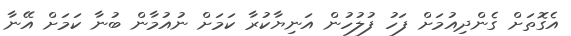
އެގޮތަށް ގެންދިއުމަށް ފަހު ފުލުހުން އަނިޔާކުރާ ކަމަށް ނުއުމާން ބުނާ ކަމަށް އޭނާ